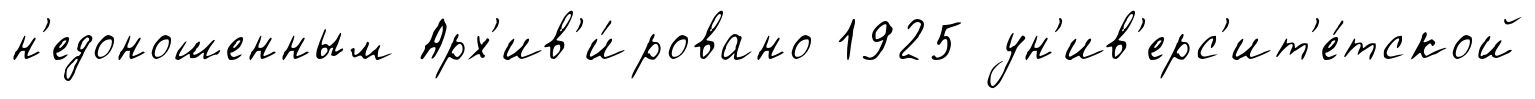
н'едоношенным Арх'ив'и́ровано 1925 ун'ив'ерс'ит'е́тской